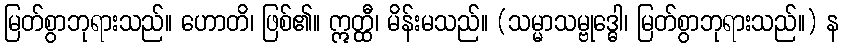
မြတ်စွာဘုရားသည်။ ဟောတိ၊ ဖြစ်၏။ ဣတ္ထီ၊ မိန်းမသည်။ (သမ္မာသမ္ဗုဒ္ဓေါ၊ မြတ်စွာဘုရားသည်။) န